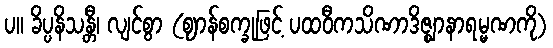
ပ။ ခိပ္ပနိသန္တီ၊ လျင်စွာ (ဈာန်စက္ခုဖြင့် ပထဝီကသိဏာဒိဇ္ဈာနာရမ္မဏကို)